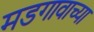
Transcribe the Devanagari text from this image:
मडगावाच्या